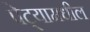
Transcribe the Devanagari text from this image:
पेट्यामधील